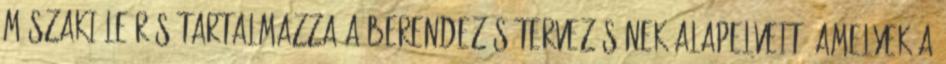
mûszaki leírás tartalmazza a berendezés tervezésének alapelveit, amelyek a